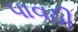
પાવઠી